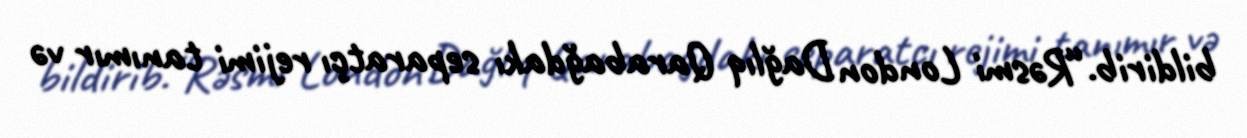
bildirib.“Rəsmi London Dağlıq Qarabağdakı separatçı rejimi tanımır və